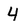
Character: 4